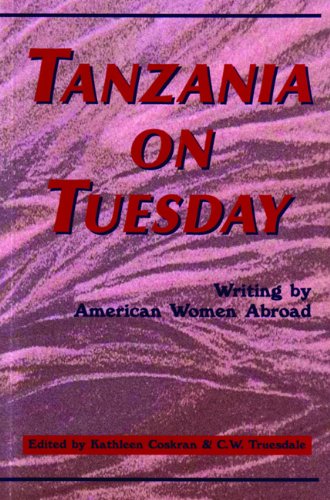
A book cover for Tanzania on Tuesday: Writing by American Women Abroad (A New Rivers Abroad Book); Travel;